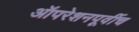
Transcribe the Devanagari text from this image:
ऑपरेशनपूर्वीच